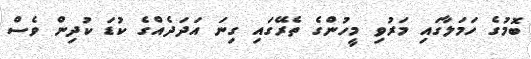
ބޮމުގެ ހަމަލާގައި މަރުވި މީހުންގެ ތެރޭގައި ގިނަ އަދަދެއްގެ ކުޑަ ކުދިން ވެސް